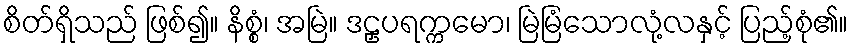
စိတ်ရှိသည် ဖြစ်၍။ နိစ္စံ၊ အမြဲ။ ဒဠှပရက္ကမော၊ မြဲမြံသောလုံ့လနှင့် ပြည့်စုံ၏။